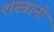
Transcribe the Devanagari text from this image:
शस्त्रानी